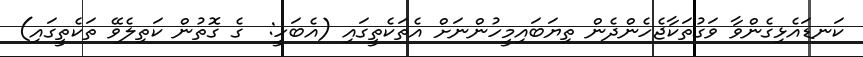
ކަނޑައެޅިގެންވާ ވަގުތަކާޖެހެންދެން ތިޔަބައިމީހުންނަށް އެތަކެތީގައި (އެބަހީ:  ގެ ގޮތުން ކަތިލެވޭ ތަކެތީގައި)